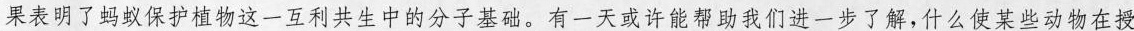
果表明了蚂蚁保护植物这一互利共生中的分子基础。有一天或许能帮助我们进一步了解，什么使某些动物在授